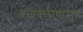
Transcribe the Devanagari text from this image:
बळवलीपासून